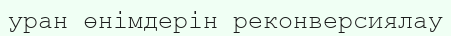
уран өнімдерін реконверсиялау